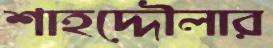
শাহদ্দৌলার